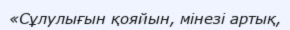
«Сұлулығын қояйын, мінезі артық,